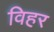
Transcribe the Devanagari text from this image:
विहर